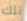
تلك